Civil Veterinary Department. United Provinces 1932-42 - 1932-1942
Year: 1932
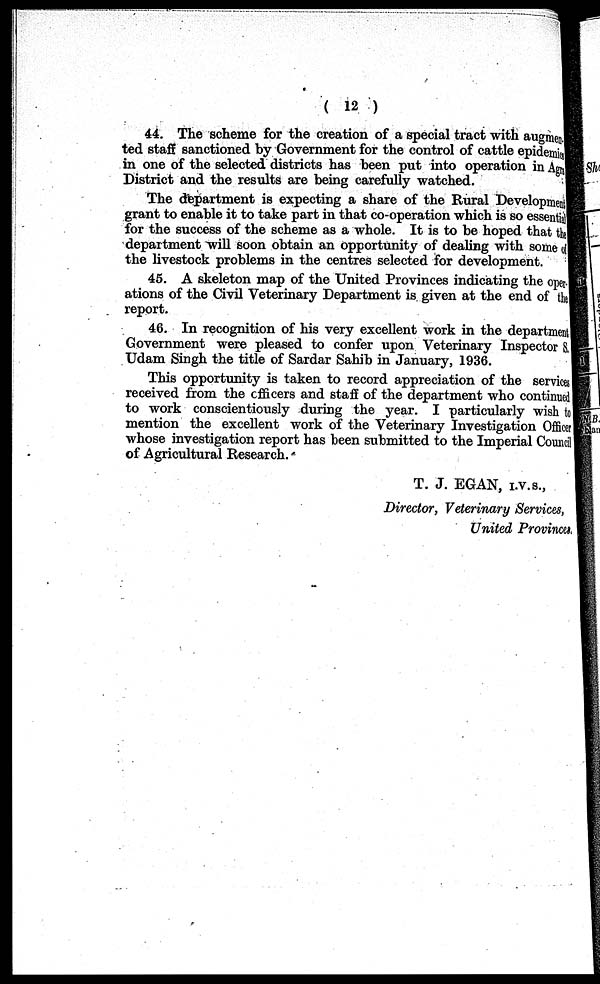
(12)
44. The scheme for the creation of a special tract with augmen.
ted staff sanctioned by Government for the control of cattle epidemic
in one of the selected districts has been put into operation in Agu
District and the results are being carefully watched.
The department is expecting a share of the Rural Development
grant to enable it to take part in that co-operation which is so essentia!
for the success of the scheme as a whole. It is to be hoped that t he
department will soon obtain an opportunity of dealing with some of
the livestock problems in the centres selected for development.
45. A skeleton map of the United Provinces indicating the oper-
ations of the Civil Veterinary Department is given at the end of t he
report.
46. In recognition of his very excellent work in the department
Government were pleased to confer upon Veterinary Inspector S.
Udam Singh the title of Sardar Sahib in January, 1936.
This opportunity is taken to record appreciation of the services
received from the officers and staff of the department who continued
to work conscientiously during the year. I particularly wish t o
mention the excellent work of the Veterinary Investigation Officer
whose investigation report has been submitted to the Imperial Council
of Agricultural Research.
T. J. EGAN, I.V.S.,
Director, Veterinary Services,
United Provinces,